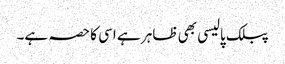
پبلک پالیسی بھی ظاہر ہے اسی کا حصہ ہے۔